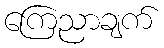
ကြေညာချက်